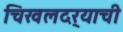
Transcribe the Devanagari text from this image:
चिखलदर्‍याची